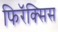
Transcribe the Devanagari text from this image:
फिरॅक्सिस